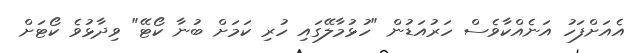
އެއަށްފަހު އަނެއްކާވެސް ހަރުއަޑުން "ހުޅުމާލޭގައި ހުރި ކަމަށް ބުނާ ކޯޓޭ" ވިދާޅުވެ ކޯޓަށް